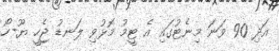
އަދި 90 ވަނަ މިނެޓުގައި އެ ޓީމު މޮޅުވި ލަނޑު ޖެހީ ޔޫ-ހޯ